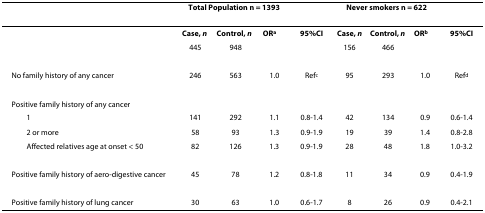
<table><thead><tr><td></td><td colspan="3"><b>Total Population n = 1393</b></td><td></td><td colspan="3"><b>Never smokers n = 622</b></td><td></td></tr></thead><tbody><tr><td></td><td><b>Case, <i>n</i></b></td><td><b>Control, <i>n</i></b></td><td><b>OR<sup>a</sup></b></td><td><b>95%CI</b></td><td><b>Case, <i>n</i></b></td><td><b>Control, <i>n</i></b></td><td><b>OR<sup>b</sup></b></td><td><b>95%CI</b></td></tr><tr><td></td><td>445</td><td>948</td><td></td><td></td><td>156</td><td>466</td><td></td><td></td></tr><tr><td>No family history of any cancer</td><td>246</td><td>563</td><td>1.0</td><td>Ref<sup>c</sup></td><td>95</td><td>293</td><td>1.0</td><td>Ref<sup>d</sup></td></tr><tr><td>Positive family history of any cancer</td><td></td><td></td><td></td><td></td><td></td><td></td><td></td><td></td></tr><tr><td> 1</td><td>141</td><td>292</td><td>1.1</td><td>0.8-1.4</td><td>42</td><td>134</td><td>0.9</td><td>0.6-1.4</td></tr><tr><td> 2 or more</td><td>58</td><td>93</td><td>1.3</td><td>0.9-1.9</td><td>19</td><td>39</td><td>1.4</td><td>0.8-2.8</td></tr><tr><td> Affected relatives age at onset &lt; 50</td><td>82</td><td>126</td><td>1.3</td><td>0.9-1.9</td><td>28</td><td>48</td><td>1.8</td><td>1.0-3.2</td></tr><tr><td>Positive family history of aero-digestive cancer</td><td>45</td><td>78</td><td>1.2</td><td>0.8-1.8</td><td>11</td><td>34</td><td>0.9</td><td>0.4-1.9</td></tr><tr><td>Positive family history of lung cancer</td><td>30</td><td>63</td><td>1.0</td><td>0.6-1.7</td><td>8</td><td>26</td><td>0.9</td><td>0.4-2.1</td></tr></tbody></table>